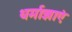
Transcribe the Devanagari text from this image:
धर्माज्ञाएं